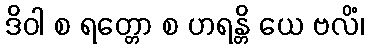
ဒိဝါ စ ရတ္တော စ ဟရန္တိ ယေ ဗလိံ၊